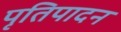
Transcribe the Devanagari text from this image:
पृतिपादन